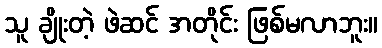
သူ ချိုးတဲ့ ဖဲဆင် အတိုင်း ဖြစ်မလာဘူး။